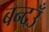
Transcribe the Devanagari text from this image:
बन्दउँ